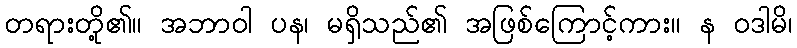
တရားတို့၏။ အဘာဝါ ပန၊ မရှိသည်၏ အဖြစ်ကြောင့်ကား။ န ဝဒါမိ၊